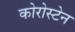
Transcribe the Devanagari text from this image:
कोरोस्टेन